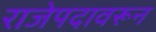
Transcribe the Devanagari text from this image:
राजेपदावरून